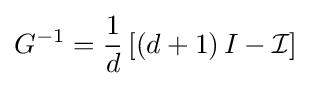
G^{-1}={\frac {1}{d}}\left[\left(d+1\right)I-{\mathcal {I}}\right]